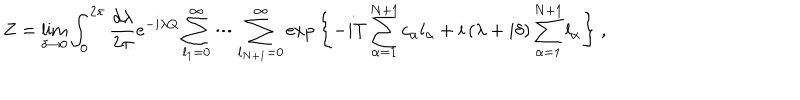
Z = \lim _ { \delta \to 0 } \int _ { 0 } ^ { 2 \pi } { \frac { d \lambda } { 2 \pi } } e ^ { - i \lambda Q } \sum _ { l _ { 1 } = 0 } ^ { \infty } \cdots \sum _ { l _ { N + 1 } = 0 } ^ { \infty } \exp { \left\{ { - i T \sum _ { \alpha = 1 } ^ { N + 1 } c _ { \alpha } l _ { \alpha } + i \left( \lambda + i \delta \right) \sum _ { \alpha = 1 } ^ { N + 1 } l _ { \alpha } } \right\} } \ ,